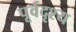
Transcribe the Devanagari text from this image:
पूर्वदृश्य